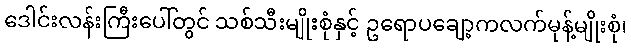
ဒေါင်းလန်းကြီးပေါ်တွင် သစ်သီးမျိုးစုံနှင့် ဥရောပချော့ကလက်မုန့်မျိုးစုံ၊